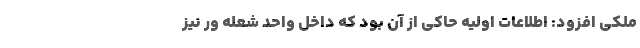
ملکی افزود: اطلاعات اولیه حاکی از آن بود که داخل واحد شعله ور نیز